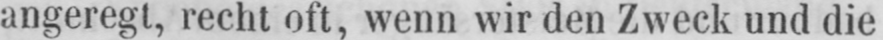
angeregt, recht oft, wenn wir den Zweck und die